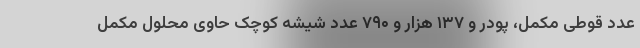
عدد قوطی مکمل، پودر و ۱۳۷ هزار و ۷۹۰ عدد شیشه کوچک حاوی محلول مکمل